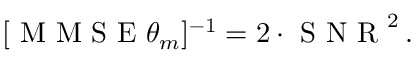
[ \mathrm { ~ M ~ M ~ S ~ E ~ } \theta _ { m } ] ^ { - 1 } = 2 \cdot \mathrm { ~ S ~ N ~ R ~ } ^ { 2 } \, .